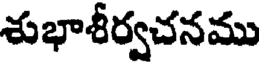
శుభాశీర్వచనము